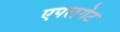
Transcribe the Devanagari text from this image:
एपलगेट